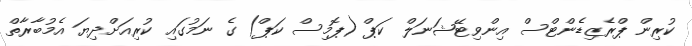
ކުރިން ޕްރެޒިޑެންޓްސް އިންވިޓޭޝަނަލް ކަޕް (ޕޮމިސް ކަޕް) ގެ ނަމުގައި ކުރިއަށްދިޔަ އެމުބާރާތް